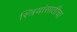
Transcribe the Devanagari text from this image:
स्त्रियांसाठीचा